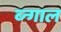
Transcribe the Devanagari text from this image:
ब्न्गाल